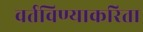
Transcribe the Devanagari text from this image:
वर्तविण्याकरिता